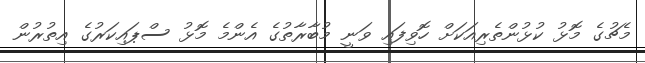
މެޗުގެ މޮޅު ކުޅުންތެރިއަކަށް ހޮވިފައި ވަނީ މުބާރާތުގެ އެންމެ މޮޅު ސްޕައިކަރުގެ އިތުރުން